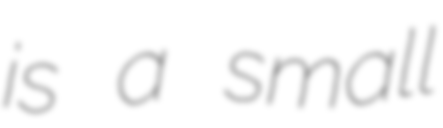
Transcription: is a small